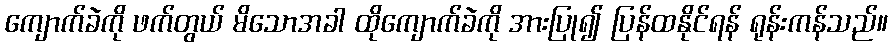
ကျောက်ခဲကို ဖက်တွယ် မိသောအခါ ထိုကျောက်ခဲကို အားပြု၍ ပြန်ထနိုင်ရန် ရုန်းကန်သည်။